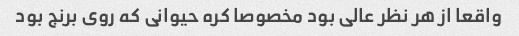
واقعا از هر نظر عالی بود مخصوصا کره حیوانی که روی برنج بود